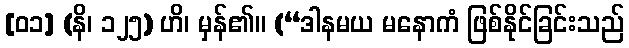
[၀၁] (နိ၊ ၁၂၅) ဟိ၊ မှန်၏။ (“ဒါနမယ မနောကံ ဖြစ်နိုင်ခြင်းသည်